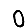
Digit: 0